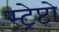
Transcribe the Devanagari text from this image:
स्ट्रेप्टो